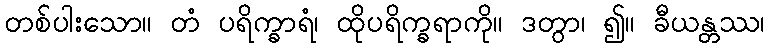
တစ်ပါးသော။ တံ ပရိက္ခာရံ၊ ထိုပရိက္ခရာကို။ ဒတွာ၊ ၍။ ခီယန္တဿ၊